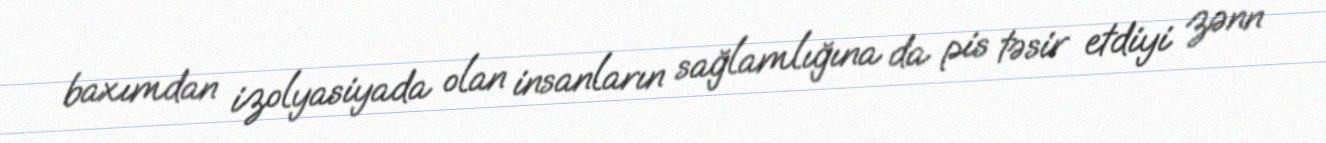
baxımdan izolyasiyada olan insanların sağlamlığına da pis təsir etdiyi zənn